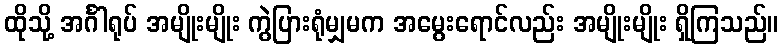
ထိုသို့ အင်္ဂါရုပ် အမျိုးမျိုး ကွဲပြားရုံမျှမက အမွေးရောင်လည်း အမျိုးမျိုး ရှိကြသည်။